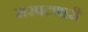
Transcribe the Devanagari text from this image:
सरपटणारी